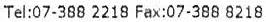
TEL:07-388 2218 FAX:07-388 8218